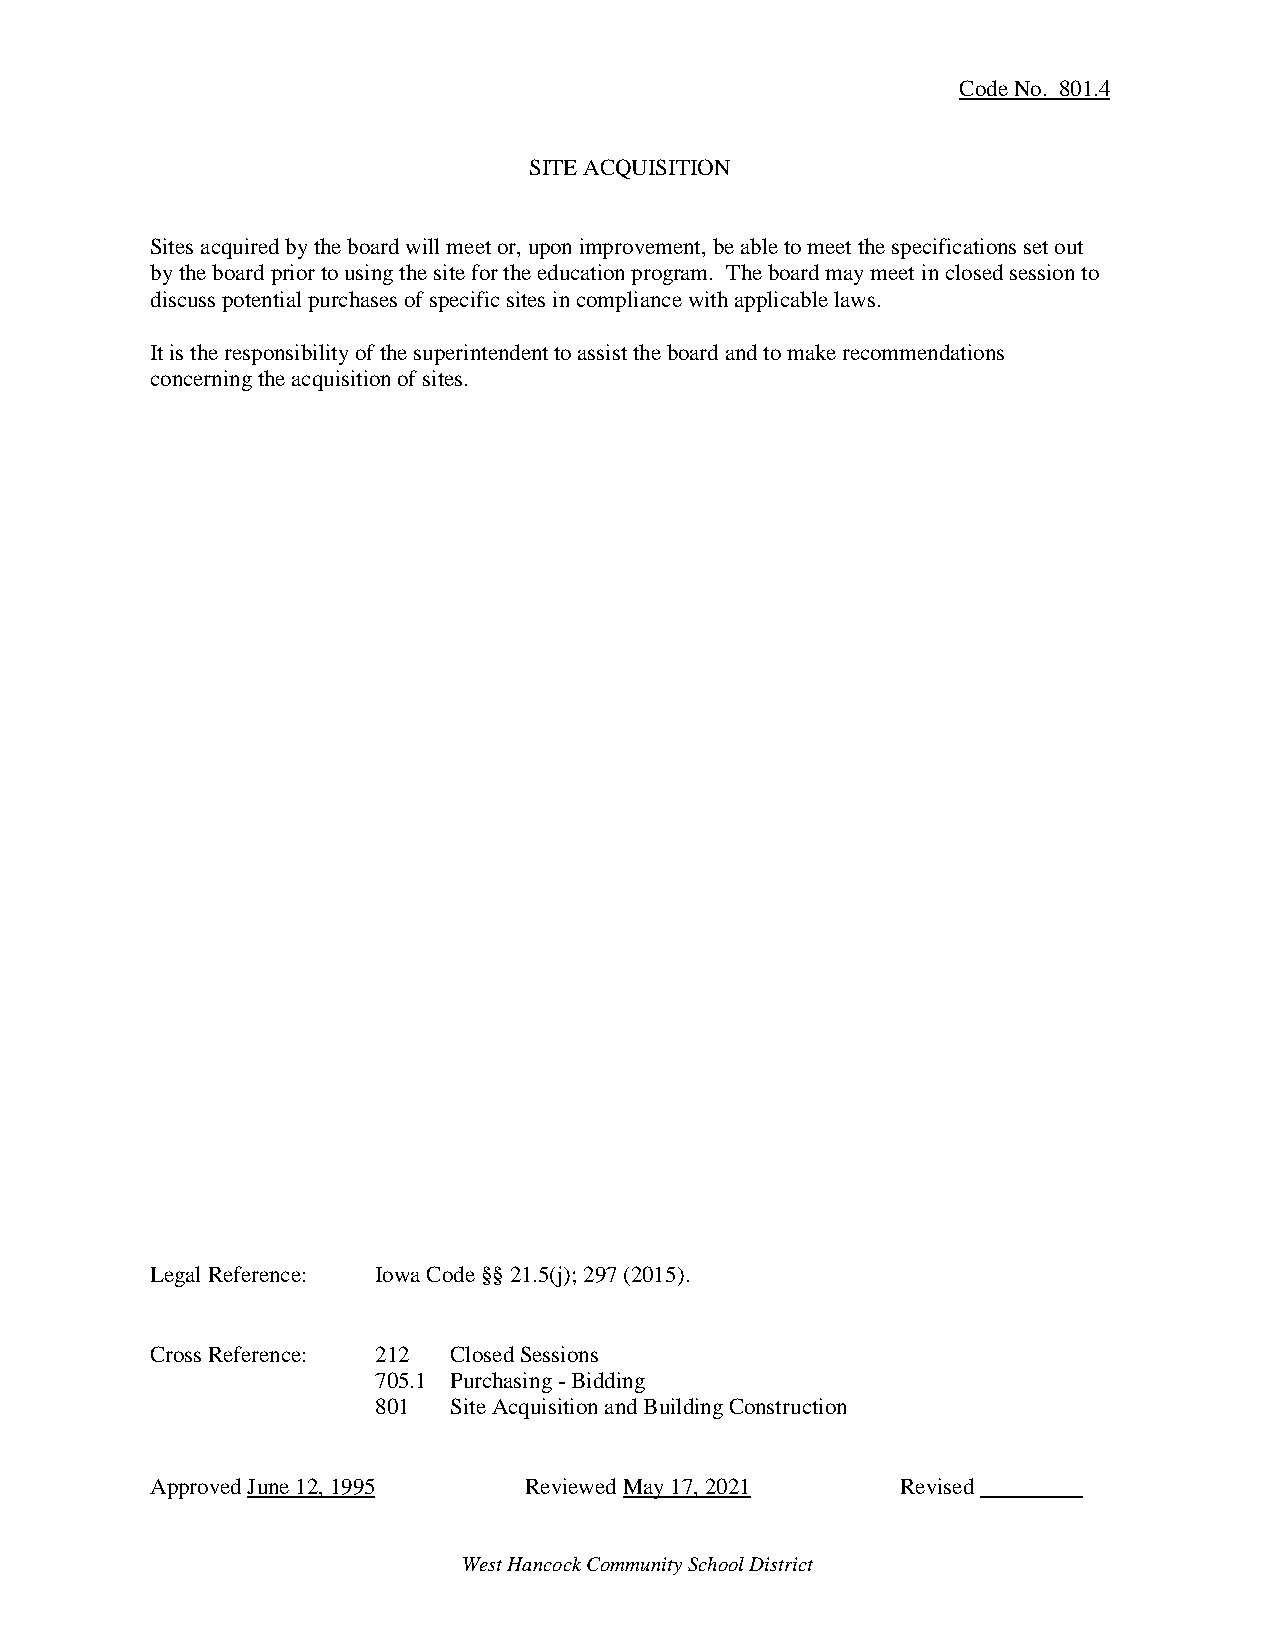
Code No. 801.4
 SITE ACQUISITION
 Sites acquired by the board will meet or, upon improvement, be able to meet the specifications set out
 by the board prior to using the site for the education program. The board may meet in closed session to
 discuss potential purchases of specific sites in compliance with applicable laws.
 It is the responsibility of the superintendent to assist the board and to make recommendations
 concerning the acquisition of sites.
 Legal Reference: Iowa Code §§ 21.5(j); 297 (2015).
 Cross Reference: 212 Closed Sessions
 705.1 Purchasing - Bidding
 801  Site Acquisition and Building Construction
 Approved June 12, 1995   Reviewed May 17, 2021    Revised
 West Hancock Community School District